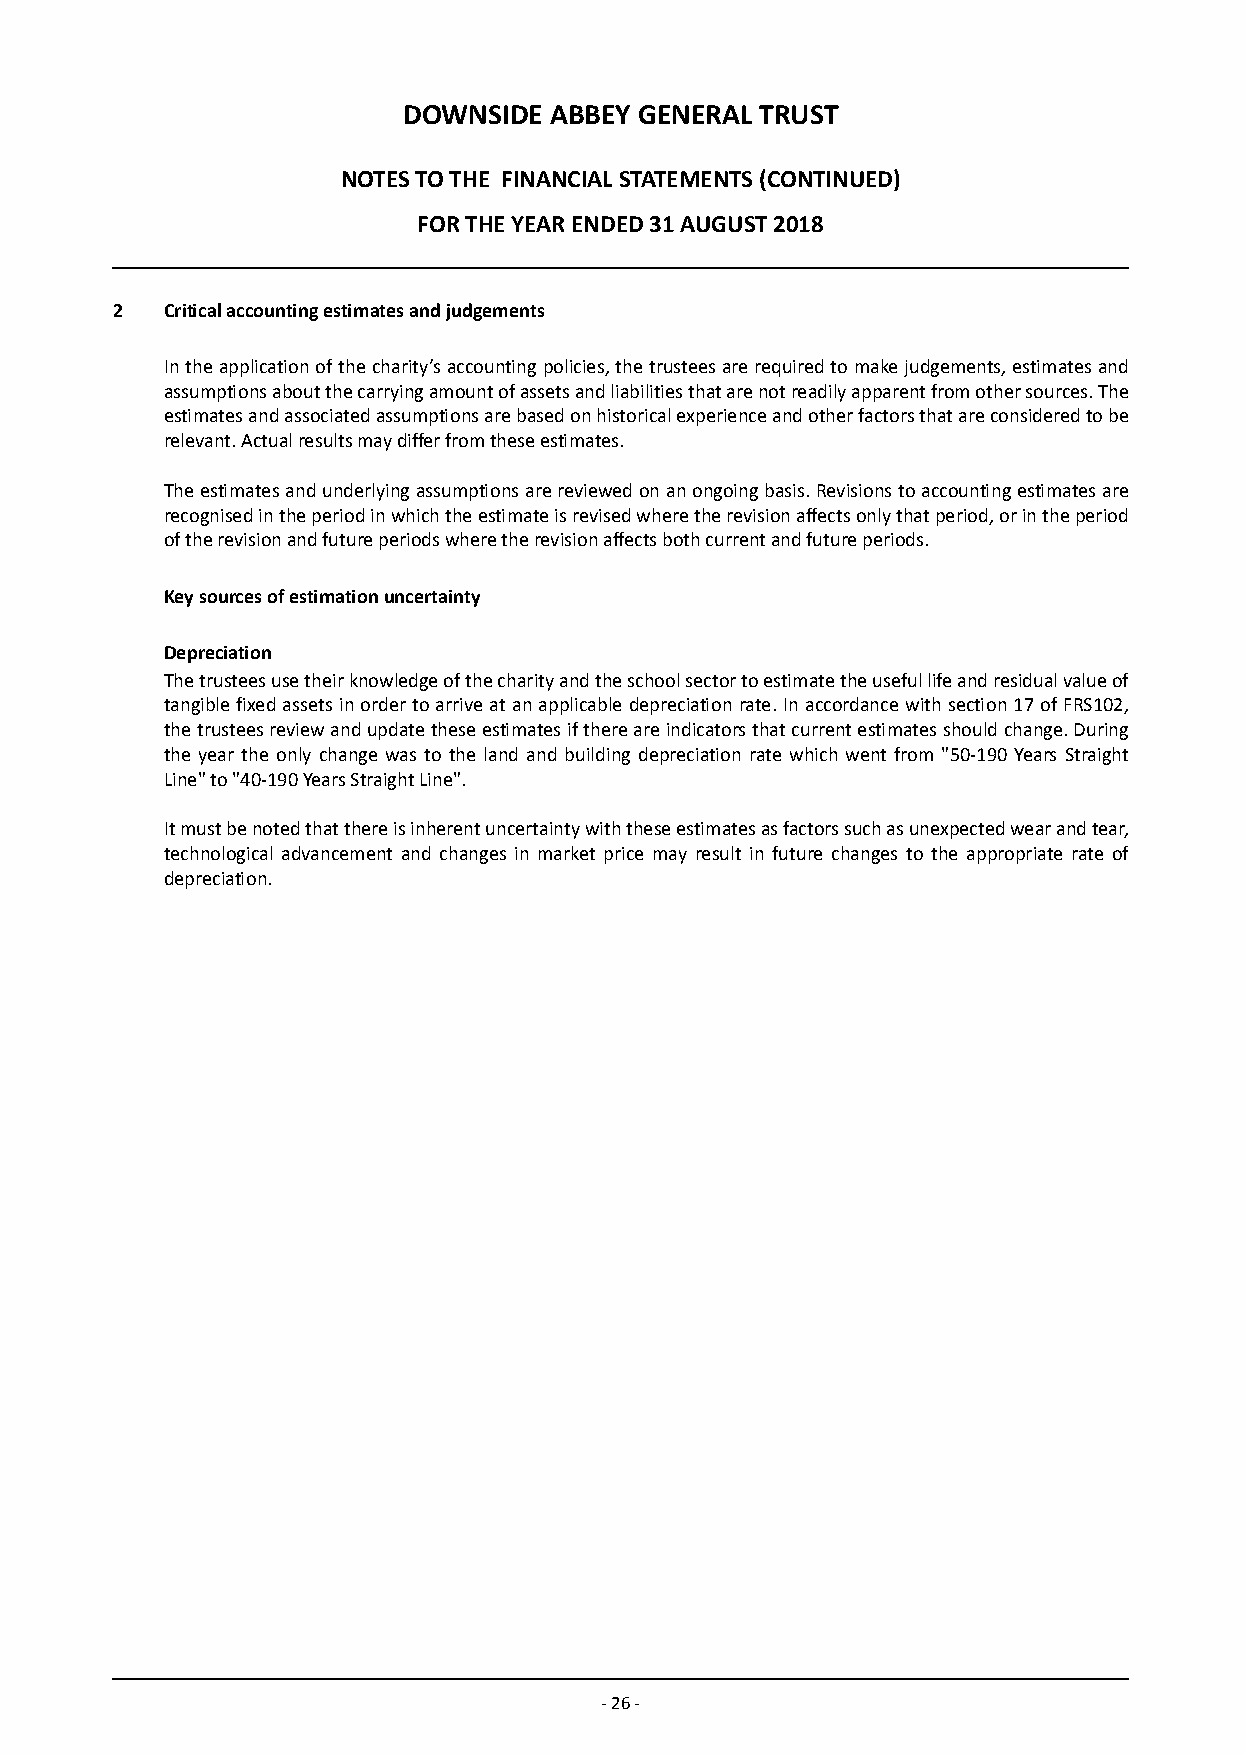
DOWNSIDE ABBEY GENERAL TRUST
 NOTES TO THE FINANCIAL STATEMENTS (CONTINUED)
 FOR THE YEAR ENDED 31 AUGUST 2018
 2   Critical accounting estimates and judgements
 In the application of the charity’s accounting policies, the trustees are required to make judgements, estimates and
 assumptions about the carrying amount of assets and liabilities that are not readily apparent from other sources. The
 estimates and associated assumptions are based on historical experience and other factors that are considered to be
 relevant. Actual results may differ from these estimates.
 The estimates and underlying assumptions are reviewed on an ongoing basis. Revisions to accounting estimates are
 recognised in the period in which the estimate is revised where the revision affects only that period, or in the period
 of the revision and future periods where the revision affects both current and future periods.
 Key sources of estimation uncertainty
 Depreciation
 The trustees use their knowledge of the charity and the school sector to estimate the useful life and residual value of
 tangible fixed assets in order to arrive at an applicable depreciation rate. In accordance with section 17 of FRS102,
 the trustees review and update these estimates if there are indicators that current estimates should change. During
 the year the only change was to the land and building depreciation rate which went from "50-190 Years Straight
 Line" to "40-190 Years Straight Line".
 It must be noted that there is inherent uncertainty with these estimates as factors such as unexpected wear and tear,
 technological advancement and changes in market price may result in future changes to the appropriate rate of
 depreciation.
 - 26 -